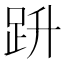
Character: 𧿘